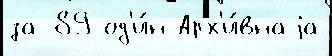
за 89 од'и́н Арх'и́внаjа